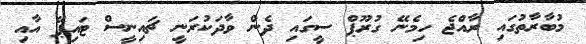
މުބާރާތުގައި ރާއްޖެ ހިމެނޭ ގުރޫޕް ސީގައި ދެން ވާދަކުރަނީ ޗައިނީސް ޓައިޕޭ އާއި